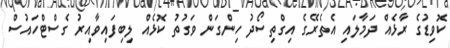
ކޮވިޑުގެ ރާޅެއް ދަމާލައި އެތެރޭގެ އިގްތިސޯދު ހިންގަން ވަގުތު ކޮޅެއް ލިބިފައިވާއިރު ގެސްޓްހައުސް